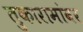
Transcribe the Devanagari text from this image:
तुकारामांवर